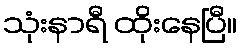
သုံးနာရီ ထိုးနေပြီ။